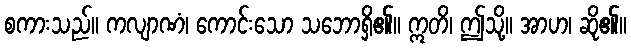
စကားသည်။ ကလျာဏံ၊ ကောင်းသော သဘောရှိ၏။ ဣတိ၊ ဤသို့။ အာဟ၊ ဆို၏။